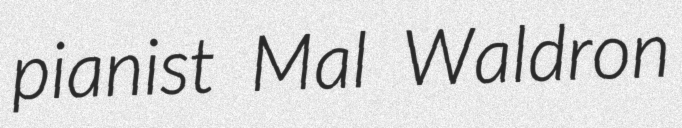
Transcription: pianist Mal Waldron